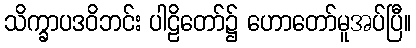
သိက္ခာပဒဝိဘင်း ပါဠိတော်၌ ဟောတော်မူအပ်ပြီ။